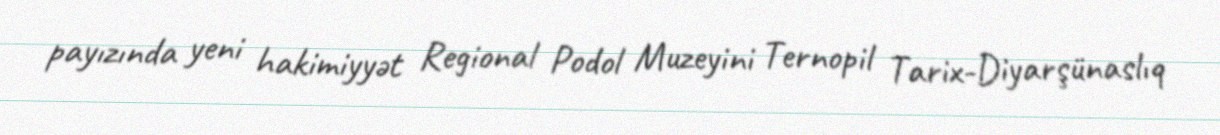
payızında yeni hakimiyyət Regional Podol Muzeyini Ternopil Tarix-Diyarşünaslıq